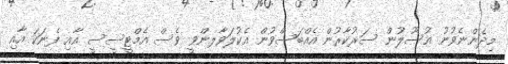
މިދެންނެވުނު އުސޫލުން ސަރުކާރުން އެއްބަސްވުން އެކުލަވާލންވީ ވެސް އެމްޓީސީސީ އާއި ފެނަކަ އާއި